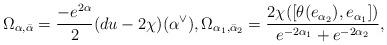
LaTeX: \begin{align*}\Omega_{\alpha,\bar{\alpha}} = \frac{-e^{2\alpha}}{2}(du-2\chi)(\alpha^{\vee}), \Omega_{\alpha_1,\bar{\alpha}_2} = \frac{2\chi([\theta(e_{\alpha_2}),e_{\alpha_1}])}{e^{-2\alpha_1}+e^{-2\alpha_2}},\end{align*}